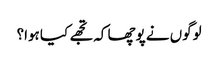
لوگوں نے پوچھا کہ تجھے کیا ہوا؟